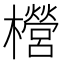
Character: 櫿